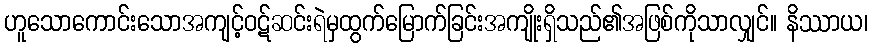
ဟူသောကောင်းသောအကျင့်ဝဋ်ဆင်းရဲမှထွက်မြောက်ခြင်းအကျိုးရှိသည်၏အဖြစ်ကိုသာလျှင်။ နိဿာယ၊